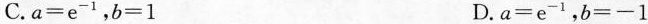
C.$$a = e ^ { - 1 }$$,$$b = 1$$ D.$$a = e ^ { - 1 }$$,$$b = - 1$$